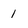
Character: 1